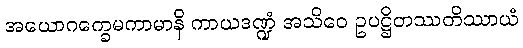
အယောဂက္ခေမကာမာနိ ကာယဒဏ္ဍံ အသိဝေ ဥပဋ္ဌိတဿတိဿာယံ